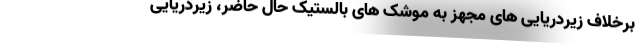
برخلاف زیردریایی های مجهز به موشک های بالستیک حال حاضر، زیردریایی